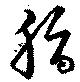
脂